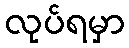
လုပ်ရမှာ